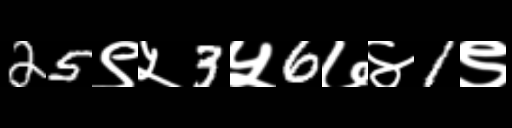
Text: 25९५3५6७४1९